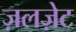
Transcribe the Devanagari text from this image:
ज़लज़ेट